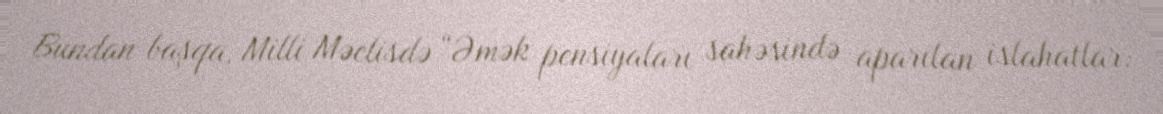
Bundan başqa, Milli Məclisdə “Əmək pensiyaları sahəsində aparılan islahatlar: